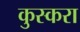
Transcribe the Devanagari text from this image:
कुस्करा